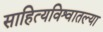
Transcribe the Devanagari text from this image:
साहित्यविश्वातल्या